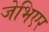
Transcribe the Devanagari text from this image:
जेभिएर